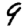
Digit: 9